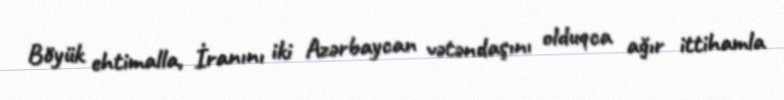
Böyük ehtimalla, İranını iki Azərbaycan vətəndaşını olduqca ağır ittihamla